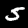
Label: 5